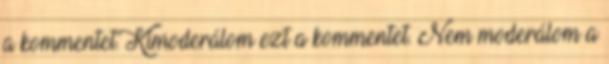
a kommentet. Kimoderálom ezt a kommentet. Nem moderálom a